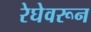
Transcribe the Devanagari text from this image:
रेघेवरून